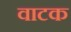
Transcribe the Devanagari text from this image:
वाटक